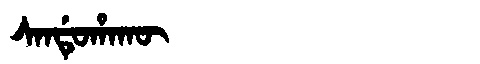
Manchu: ᠰᠠᠨᡩᡠᡥᠠᡴᡡ
Romanization: SANDUHAKŪ